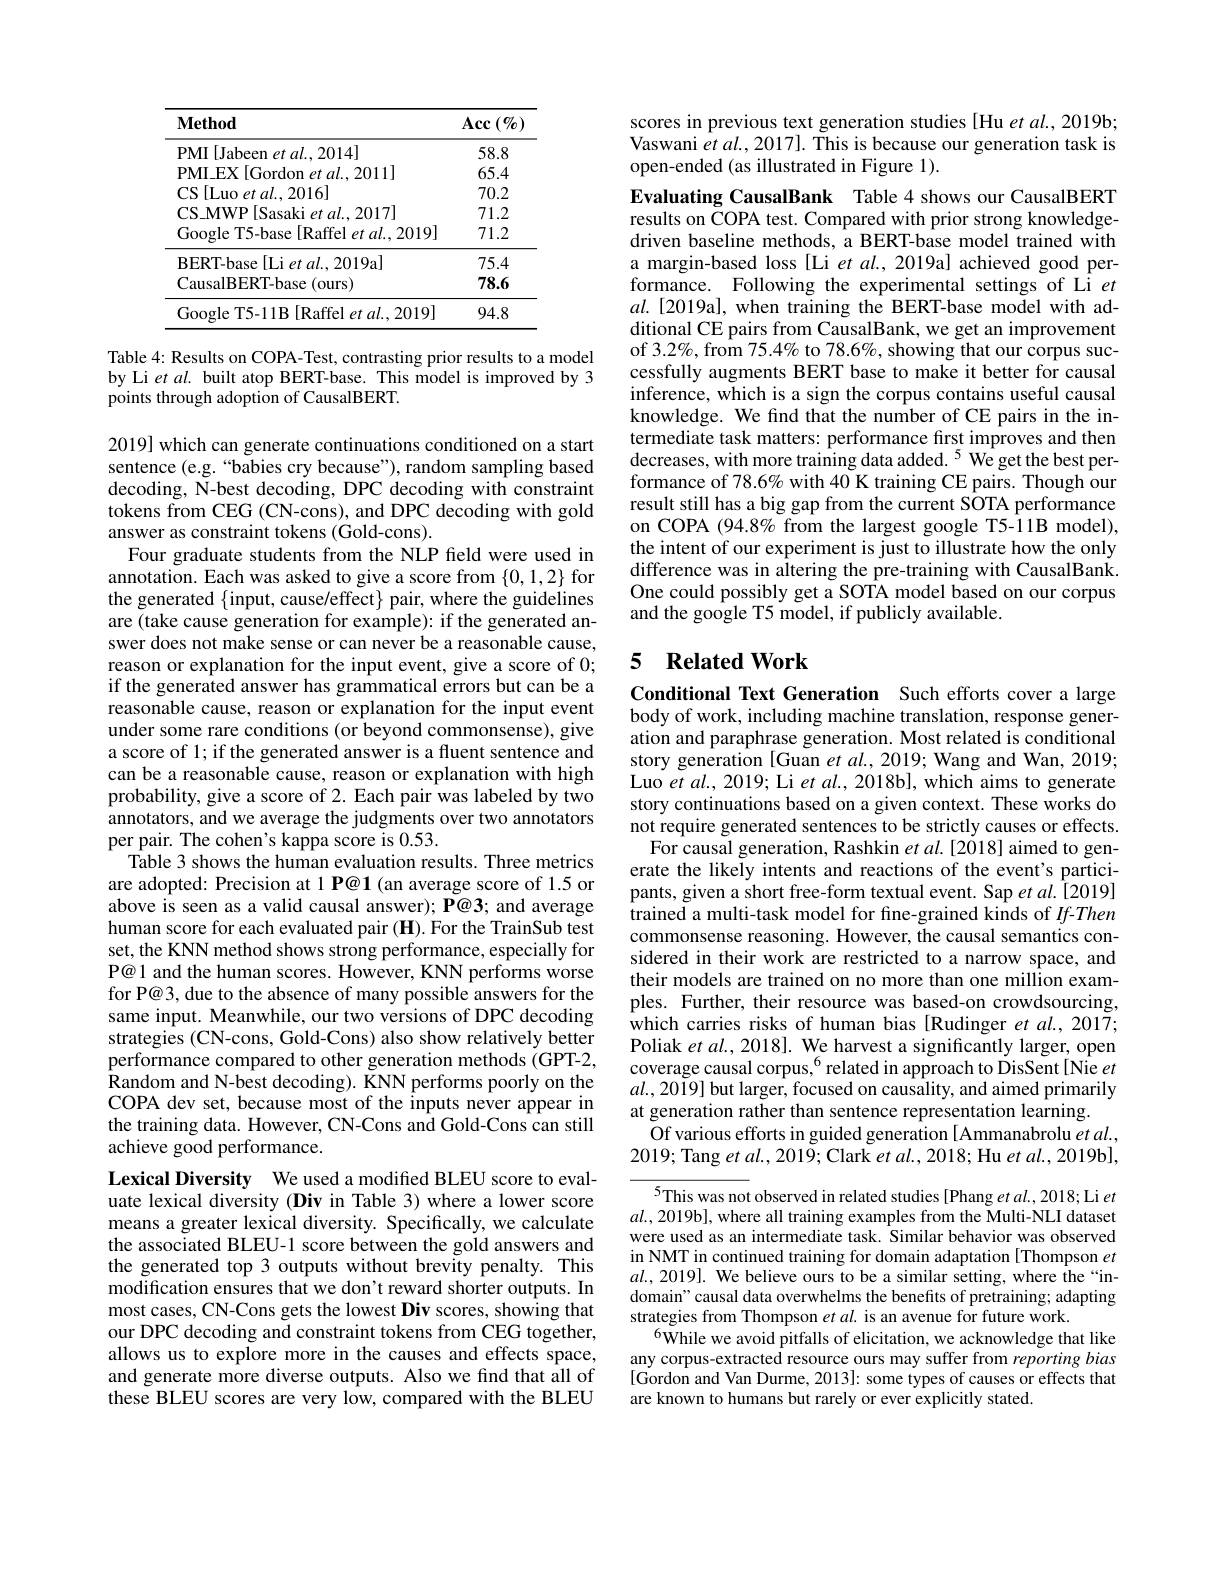
<table>
	<tbody>
		<tr>
			<th>$\mathbf{Method}$</th>
			<th>$\operatorname{Acc}\left(\%\right)$</th>
		</tr>
		<tr>
			<td>PMI [Jabeen et al., 2014]</td>
			<td>58.8</td>
		</tr>
		<tr>
			<td>$PMI\_EX[Gordon et al.,2011]$</td>
			<td>65.4</td>
		</tr>
		<tr>
			<td>CS[Luo et al..2016]</td>
			<td>70.2</td>
		</tr>
		<tr>
			<td>$\mathbf{CS\_MWP}$ $P[Sasakietal.2017]$</td>
			<td>71.2</td>
		</tr>
		<tr>
			<td>Google T5-base[Raffel et al.,2019]</td>
			<td>71.2</td>
		</tr>
		<tr>
			<td>RERT-hase $\|\mathbf{I}_{1}^{\prime}$ $al.,2019$a]</td>
			<td>75.4</td>
		</tr>
		<tr>
			<td>CausalBERT-base(ours)</td>
			<td>78.6</td>
		</tr>
		<tr>
			<td>Google T5-11B[Raffel et al.,2019]</td>
			<td>94.8</td>
		</tr>
	</tbody>
</table>

Table 4: Results on COPA-Test, contrasting prior results to a model by Li et al. built atop BERT-base. This model is improved by 3 points through adoption of CausalBERT.

2019] which can generate continuations conditioned on a start sentence (e.g.“babies cry because”), random sampling based decoding, N-best decoding, DPC decoding with constraint tokens from CEG (CN-cons), and DPC decoding with gold answer as constraint tokens (Gold-cons).
Four graduate students from the NLP field were used in annotation. Each was asked to give a score from $\{0,1,2\}$ for the generated $\{$input, cause/effect$\}$ pair, where the guidelines are (take cause generation for example): if the generated answer does not make sense or can never be a reasonable cause, reason or explanation for the input event, give a score of 0; if the generated answer has grammatical errors but can be a reasonable cause, reason or explanation for the input event under some rare conditions (or beyond commonsense), give a score of 1; if the generated answer is a fluent sentence and can be a reasonable cause, reason or explanation with high probability, give a score of 2. Each pair was labeled by two annotators, and we average the judgments over two annotators per pair. The cohen's kappa score is 0.53.
Table 3 shows the human evaluation results. Three metrics are adopted: Precision at 1 P@1 (an average score of 1.5 or above is seen as a valid causal answer); P@3; and average human score for each evaluated pair (H). For the TrainSub test set, the KNN method shows strong performance, especially for P@1 and the human scores. However, KNN performs worse for P@3, due to the absence of many possible answers for the same input. Meanwhile, our two versions of DPC decoding strategies (CN-cons, Gold-Cons) also show relatively better performance compared to other generation methods (GPT-2, Random and N-best decoding). KNN performs poorly on the COPA dev set, because most of the inputs never appear in the training data. However, CN-Cons and Gold-Cons can still achieve good performance.
Lexical Diversity We used a modified BLEU score to eval-

uate lexical diversity (Div in Table 3) where a lower score means a greater lexical diversity. Specifically, we calculate the associated BLEU-1 score between the gold answers and the generated top 3 outputs without brevity penalty. This modification ensures that we don't reward shorter outputs. In most cases, CN-Cons gets the lowest Div scores, showing that our DPC decoding and constraint tokens from CEG together, allows us to explore more in the causes and effects space, and generate more diverse outputs. Also we find that all of these BLEU scores are very low, compared with the BLEU

scores in previous text generation studies [Hu et al., 2019b; Vaswani $etal.,2017].$ This is because our generation task is open-ended (as illustrated in Figure 1).

Evaluating CausalBank Table 4 shows our CausalBERT results on COPA test. Compared with prior strong knowledgedriven baseline methods, a BERT-base model trained with a margin-based loss [Li et al., 2019a] achieved good performance. Following the experimental settings of Li $et$ $al.$[2019a], when training the BERT-base model with additional CE pairs from CausalBank, we get an improvement of 3.2%, from 75.4% to 78.6%, showing that our corpus successfully augments BERT base to make it better for causal inference, which is a sign the corpus contains useful causal knowledge. We find that the number of CE pairs in the intermediate task matters: performance first improves and then decreases, with more training data added. $^{5}$ We get the best performance of 78.6% with 40 K training CE pairs. Though our result still has a big gap from the current SOTA performance on COPA $(94.8\%$ from the largest google T5-11B model), the intent of our experiment is just to illustrate how the only difference was in altering the pre-training with CausalBank One could possibly get a SOTA model based on our corpus and the google T5 model, if publicly available.

## 5 $\textbf{Related Work}$

Conditional Text Generation Such efforts cover a large body of work, including machine translation, response generation and paraphrase generation. Most related is conditional story generation [Guan $etal.,2019;$ Wang and Wan, 2019; Luo et al., 2019; Li et al., 2018bl, which aims to generate story continuations based on a given context. These works do not require generated sentences to be strictly causes or effects.
For causal generation, Rashkin $etal.[2\dot{0}18]$ aimed to generate the likely intents and reactions of the event's participants, given a short free-form textual event. Sap et al. [2019] trained a multi-task model for fine-grained kinds of $If-Then$ commonsense reasoning. However, the causal semantics considered in their work are restricted to a narrow space, and their models are trained on no more than one million examples. Further, their resource was based-on crowdsourcing, which carries risks of human bias [Rudinger et al.,2017; Poliak $etal.,2018].$ We harvest a significantly larger, open coverage causal corpus,$^{6}$related in approach to DisSent[Nie $et$ $al.,2019]$ but larger, focused on causality, and aimed primarily at generation rather than sentence representation learning.
Of various efforts in guided generation [Ammanabrolu et al. 2019; Tang et $al.,2019;$ Clark et $al.,2018;$ Hu et al., 2019b],

$^{5}$This was not observed in related studies [Phang et al., 2018; Li et $al.,2019$b], where all training examples from the Multi-NLI dataset were used as an intermediate task. Similar behavior was observed in NMT in continued training for domain adaptation [Thompson et $al.,2019].$ We believe ours to be a similar setting, where the“indomain" causal data overwhelms the benefits of pretraining; adapting strategies from Thompson et al. is an avenue for future work.
$^{6}$While we avoid pitfalls of elicitation, we acknowledge that like any corpus-extracted resource ours may suffer from reporting bias $[\dot{\text{Gordon and Van Durme, 2013]: some types of causes or effects that}}$ are known to humans but rarely or ever explicitly stated